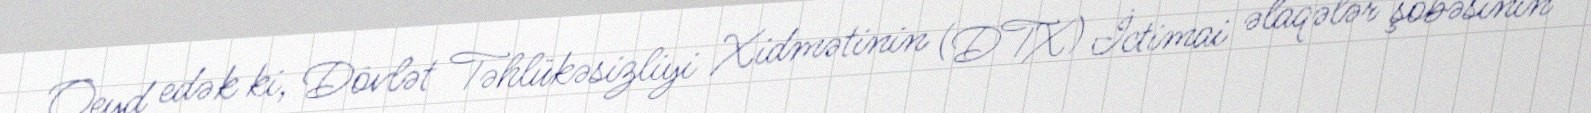
Qeyd edək ki, Dövlət Təhlükəsizliyi Xidmətinin (DTX) İctimai əlaqələr şöbəsinin